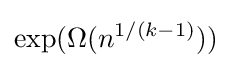
\exp(\Omega (n^{1/(k-1)}))